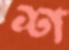
শ